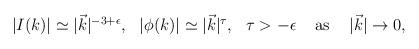
LaTeX: \begin{align*}\begin{array}{ccccc}|I(k)|\simeq |\vec k|^{-3+\epsilon }, & |\phi (k)|\simeq |\vec k|^\tau , & \tau >-\epsilon & {\rm \ as\ } & |\vec k|\rightarrow 0,\end{array}\end{align*}